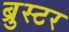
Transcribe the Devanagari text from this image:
ब्रुस्टर